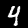
Label: 4